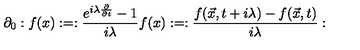
\partial _ { 0 } : f ( x ) : = : \frac { e ^ { i \lambda { \frac { \partial } { \partial t } } } - 1 } { i \lambda } f ( x ) : = : \frac { f ( \vec { x } , t + i \lambda ) - f ( \vec { x } , t ) } { i \lambda } :